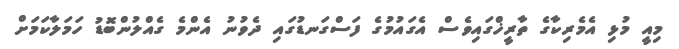
މިއީ މުޅި އެމެރިކާގެ ތާރީޚްގައިވެސް އެގައުމުގެ ފަސްގަނޑުގައި ދެވުނު އެންމެ ގެއްލުންބޮޑު ހަމަލާކަމަށް